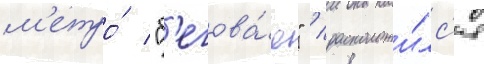
м'етро́ "б'егова́я" / расположи́лс'я